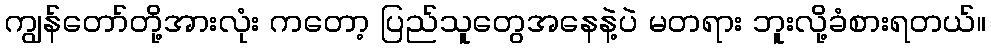
ကျွန်တော်တို့အားလုံး ကတော့ ပြည်သူတွေအနေနဲ့ပဲ မတရား ဘူးလို့ခံစားရတယ်။